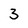
Character: 3